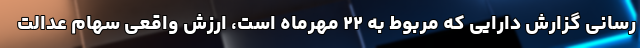
رسانی گزارش دارایی که مربوط به ۲۲ مهرماه است، ارزش واقعی سهام عدالت